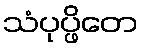
သံပုပ္ဖိတေ